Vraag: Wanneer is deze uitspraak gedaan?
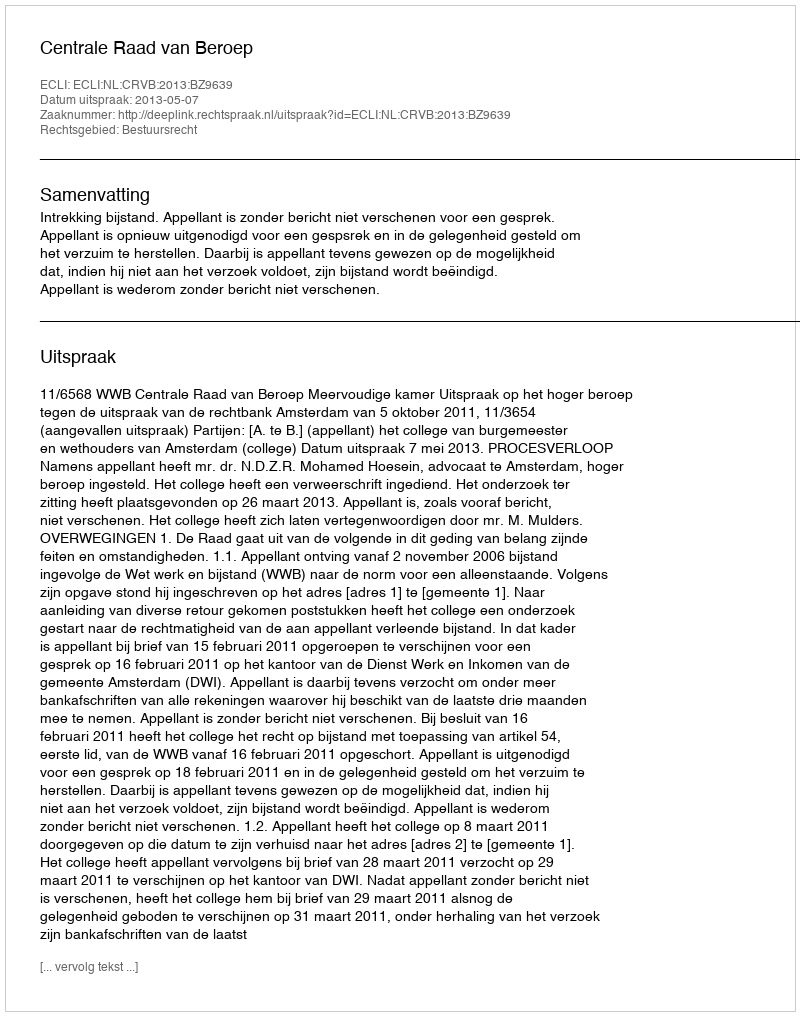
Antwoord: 2013-05-07